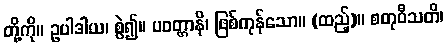
တို့ကို။ ဥပါဒါယ၊ စွဲ၍။ ပဝတ္တာနိ၊ ဖြစ်ကုန်သော။ (ထည့်)။ စတုဝီသတိ၊